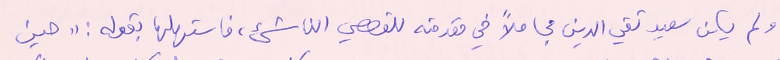
ولم يكن سعيد تقي الدين مجاملاً في مقدمته للقصصي الناشىء، فاستهلها بقوله : "حين